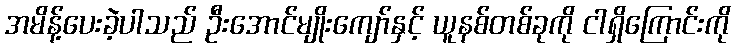
အမိန့်ပေးခဲ့ပါသည် ဦးအောင်မျိုးကျော်နှင့် ယူနစ်တစ်ခုကို ငါရှိကြောင်းကို